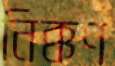
নিক্কণ